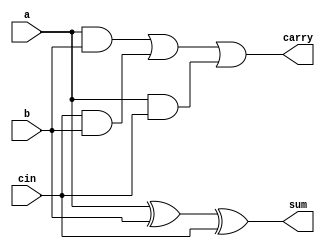
`timescale 1ns / 1ps
// Assignment - 5
// Problem  - 4
// Semester Aut - 2020 
// Group - 53
// Name_1 : Hardik Aggarwal 
// Roll_1 : 18CS10021
// Name_2 : Sriyash Poddar
// Roll_2 : 18CS30040

module full_adder ( //Full adder to generate C and S
    input a,b,cin,
    output sum,carry
);
    assign sum = a ^ b ^ cin;
    assign carry = (a & b) | (cin & b) | (a & cin);
endmodule

module cla_adder (
    input [19:0]a,
    input [19:0]b,
    output [19:0]sum
);
    wire c1,c2,c3,c4,c5;

    cla_adder_4bit cla1 (a[3:0],   b[3:0],   1'b0, sum[3:0],   c1);
    cla_adder_4bit cla2 (a[7:4],   b[7:4],   c1,   sum[7:4],   c2);
    cla_adder_4bit cla3 (a[11:8],  b[11:8],  c2,   sum[11:8],  c3);
    cla_adder_4bit cla4 (a[15:12], b[15:12], c3,   sum[15:12], c4);
    cla_adder_4bit cla5 (a[19:16], b[19:16], c4,   sum[19:16], c5);
    
endmodule

module cla_adder_4bit (
    input [3:0] a,b,
    input cin,
    output [3:0] sum,
    output cout
);
    wire [3:0] p,g,c;
 
    assign p=a^b;//propagate
    assign g=a&b; //generate
    
    assign c[0]=cin;
    assign c[1]= g[0]|(p[0]&c[0]);
    assign c[2]= g[1] | (p[1]&g[0]) | p[1]&p[0]&c[0];
    assign c[3]= g[2] | (p[2]&g[1]) | p[2]&p[1]&g[0] | p[2]&p[1]&p[0]&c[0];
    assign cout= g[3] | (p[3]&g[2]) | p[3]&p[2]&g[1] | p[3]&p[2]&p[1]&p[0]&c[0];
    assign sum=p^c;

endmodule

module csa_block( // CSA block to generate C and S at each node
    input [19:0]a,
    input [19:0]b,
    input [19:0]c,
    output [19:0]sum,
    output [19:0]cout
);
    wire [19:0]temp_cout;
    genvar i;
    generate
        for (i=0;i<=19;i= i+1) begin
            full_adder inst (.a(a[i]),.b(b[i]),.cin(c[i]),.sum(sum[i]),.carry(temp_cout[i]));
        end
    endgenerate
    assign cout = temp_cout << 1; //Shifting the carry by one bit per level of CSA
endmodule

module carry_save_adder ( //module to add 9 numbers
    input [19:0]I0,
    input [19:0]I1,
    input [19:0]I2,
    input [19:0]I3,
    input [19:0]I4,
    input [19:0]I5,
    input [19:0]I6,
    input [19:0]I7,
    input [19:0]I8,
    output [19:0]out
);
    wire [19:0] cout[6:0];
    wire [19:0] sum[6:0];
    // Building the tree
    csa_block inst_0 (I2,I1,I0,sum[0],cout[0]);

    csa_block inst_1 (I3,I4,I5,sum[1],cout[1]);

    csa_block inst_2 (I6,I7,I8,sum[2],cout[2]);
    
    csa_block inst_3 (sum[0],sum[1],sum[2],sum[3],cout[3]);

    csa_block inst_4 (cout[0],cout[1],cout[2],sum[4],cout[4]);

    csa_block inst_5 (sum[4],cout[4],cout[3],sum[5],cout[5]);

    csa_block inst_6 (sum[3],sum[5],cout[5],sum[6],cout[6]);

    //Final sum
    cla_adder final_adder (sum[6], cout[6], out);
endmodule